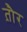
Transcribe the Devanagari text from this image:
त़ौर